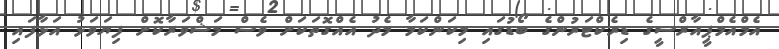
އެމްއެމްޕީއާރްސީގެ ޑިރެކްޓަރުންގެ ބޯޑުގައި މިކަންކަމާ މެދު އެއްގޮތަކަށް ވެސް މަޝްވަރާކޮށް ފިޔަވަޅު އަޅާފައި